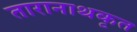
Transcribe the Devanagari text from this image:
तारानाथकृत